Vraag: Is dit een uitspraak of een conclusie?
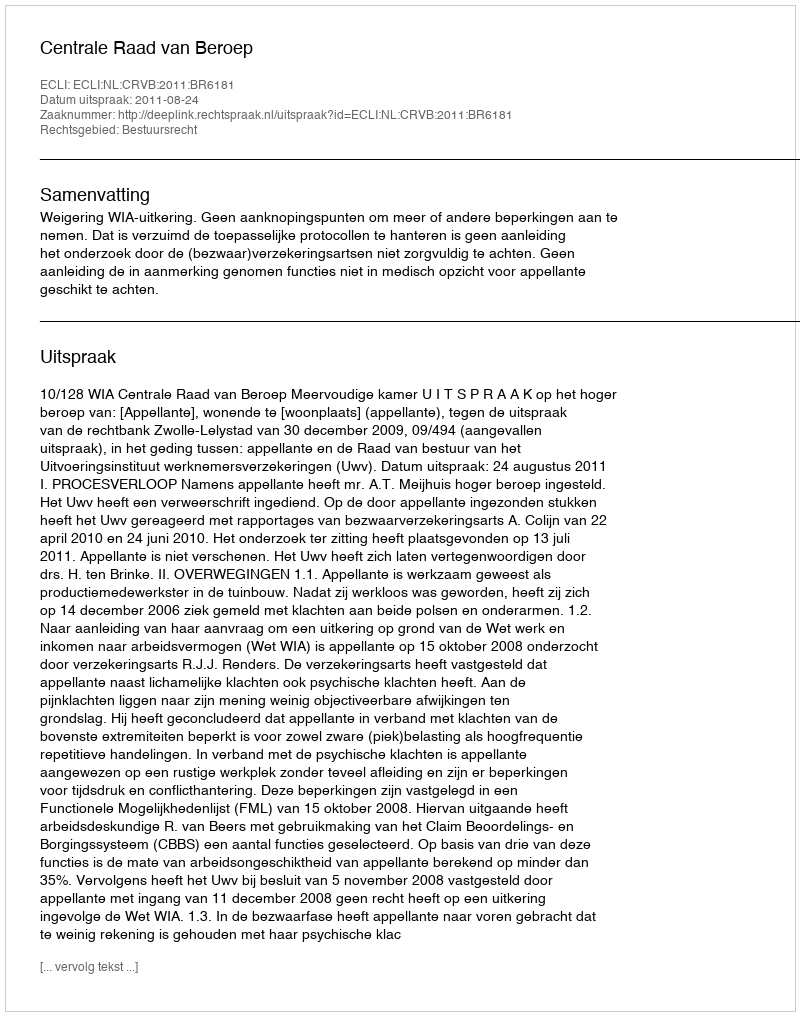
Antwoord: Uitspraak